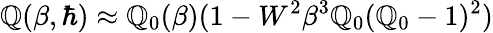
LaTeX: \mathbb{Q}(\beta,\hbar)\approx\mathbb{Q}_{0}(\beta)(1-W^{2}\beta^{3}\mathbb{Q}_{0}(\mathbb{Q}_{0}-1)^{2})